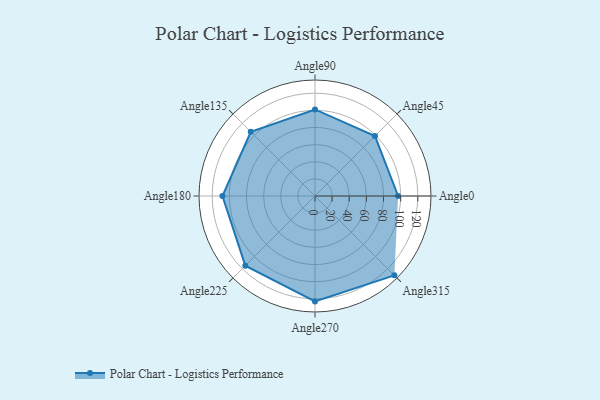
{"axis": {"x": "Angle", "y": "Radius"}, "legend": [""], "data": [{"x": "Angle0", "y": 97.0, "type": ""}, {"x": "Angle45", "y": 99.0, "type": ""}, {"x": "Angle90", "y": 101.0, "type": ""}, {"x": "Angle135", "y": 106.0, "type": ""}, {"x": "Angle180", "y": 108.0, "type": ""}, {"x": "Angle225", "y": 115.0, "type": ""}, {"x": "Angle270", "y": 123.0, "type": ""}, {"x": "Angle315", "y": 131.0, "type": ""}]}